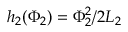
h _ { 2 } ( \Phi _ { 2 } ) = \Phi _ { 2 } ^ { 2 } / 2 L _ { 2 }